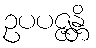
ဥပပဇ္ဇန္တိ